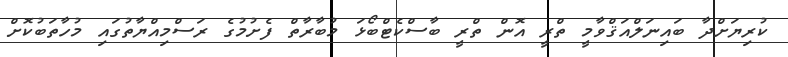
ކުރިޔަށްދާ ބައިނަލްއަޤްވާމީ ތްރީ އޮން ތްރީ ބާސްކެޓްބޯޅަ މުބާރާތް ފެށުމުގެ ރަސްމިއްޔާތުގައި މުހާތަބުކޮށް